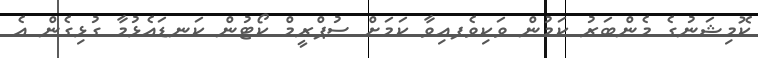
ކޮމިޝަނުގެ މެންބަރު ކަމުން ވަކިވެފއިވާ ކަމަށް ސުޕްރީމް ކޯޓުން ކަނޑައެޅުމާ ގުޅިގެން އެ